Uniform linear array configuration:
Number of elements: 12
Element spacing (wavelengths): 0.5
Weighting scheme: binomial
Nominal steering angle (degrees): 0
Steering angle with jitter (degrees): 1.67
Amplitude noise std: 0.05
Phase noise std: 0.05

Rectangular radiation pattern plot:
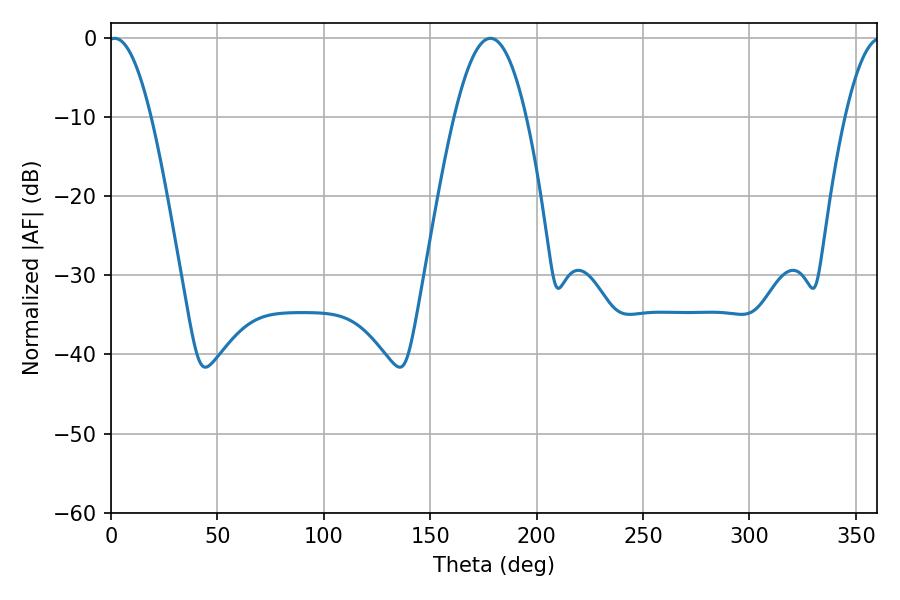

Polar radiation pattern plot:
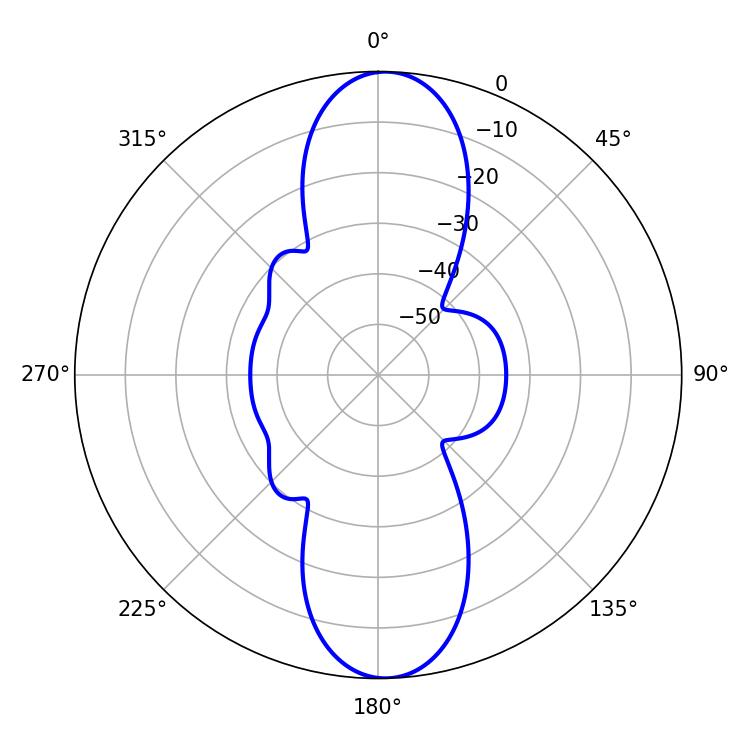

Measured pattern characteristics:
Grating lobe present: FALSE
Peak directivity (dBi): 19.732
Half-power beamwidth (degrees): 10.98
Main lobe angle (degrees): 1.62